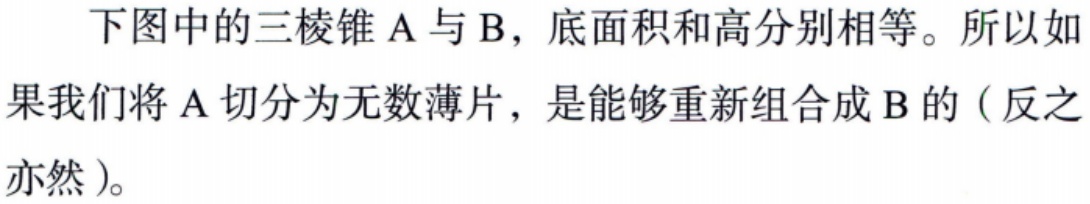
下图中的三棱锥 A 与 B，底面积和高分别相等。所以如果我们将 A 切分为无数薄片，是能够重新组合成 B 的（反之亦然）。